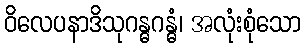
ဝိလေပနာဒိသုဂန္ဓဂန္ဓံ၊ အလုံးစုံသော